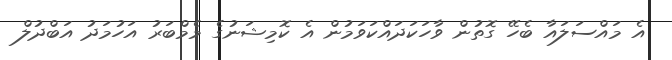
އެ މައްސަލައާ ބެހޭ ގޮތުން ވާހަކަދައްކަވަމުން އެ ކޮމިޝަނުގެ މެމްބަރު އަހުމަދު އަބްދުލް